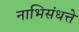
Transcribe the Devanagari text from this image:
नाभिसंधत्ते